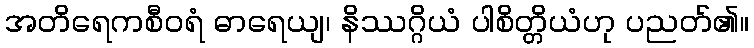
အတိရေကစီဝရံ ဓာရေယျ၊ နိဿဂ္ဂိယံ ပါစိတ္တိယံဟု ပညတ်၏။